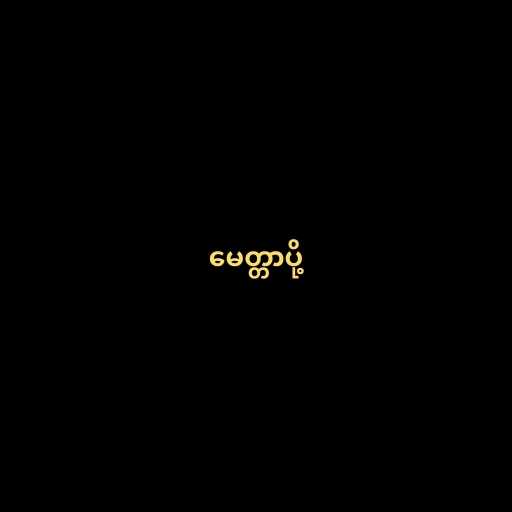
မေတ္တာပို့